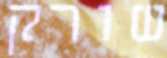
שורק